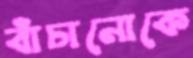
বাঁচানোকে